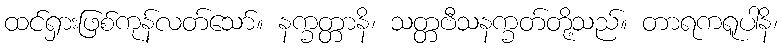
ထင်ရှားဖြစ်ကုန်လတ်သော်။ နက္ခတ္တာနိ၊ သတ္တဗီသနက္ခတ်တို့သည်။ တာရကရူပါနိ၊